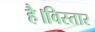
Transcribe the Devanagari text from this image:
है।विस्तार